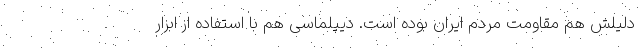
دلیلش هم مقاومت مردم ایران بوده است. دیپلماسی هم با استفاده از ابزار